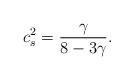
LaTeX: \begin{align*} c_{s}^{2}=\frac{\gamma}{8-3\gamma}.\end{align*}